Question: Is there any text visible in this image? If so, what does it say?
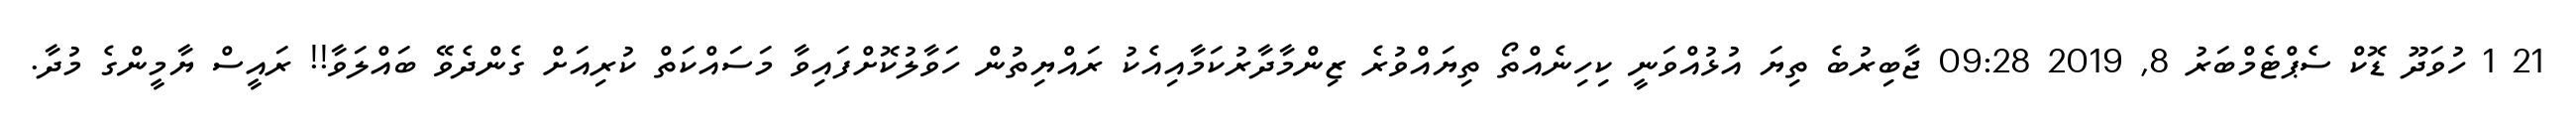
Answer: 21 1 ހުވަދޫ ޑޮކް ސެޕްޓެމްބަރު 8, 2019 09:28 ޖާބިރުބެ ތިޔަ އުޅުއްވަނީ ކިހިނެއްތޯ ތިޔައްވުރެ ޒިންމާދާރުކަމާއިއެކު ރައްޔިތުން ހަވާލުކޮށްފައިވާ މަސައްކަތް ކުރިއަށް ގެންދެވޭ ބައްލަވާ!! ރައީސް ޔާމީންގެ މުދާ.